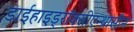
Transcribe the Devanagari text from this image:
डाईहाइड्रॉक्सीएन्थ्रासीन